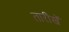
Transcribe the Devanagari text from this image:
तारीखेँ